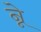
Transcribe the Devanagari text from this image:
न्ने